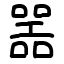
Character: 噐